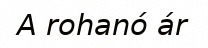
A rohanó ár